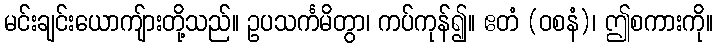
မင်းချင်းယောကျ်ားတို့သည်။ ဥပသင်္ကမိတွာ၊ ကပ်ကုန်၍။ ဧတံ (ဝစနံ)၊ ဤစကားကို။